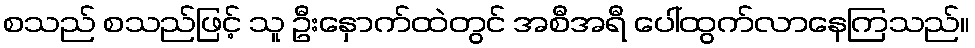
စသည် စသည်ဖြင့် သူ ဦးနှောက်ထဲတွင် အစီအရီ ပေါ်ထွက်လာနေကြသည်။